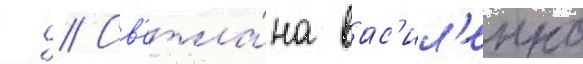
г // Св'етла́на вас'ил'енко